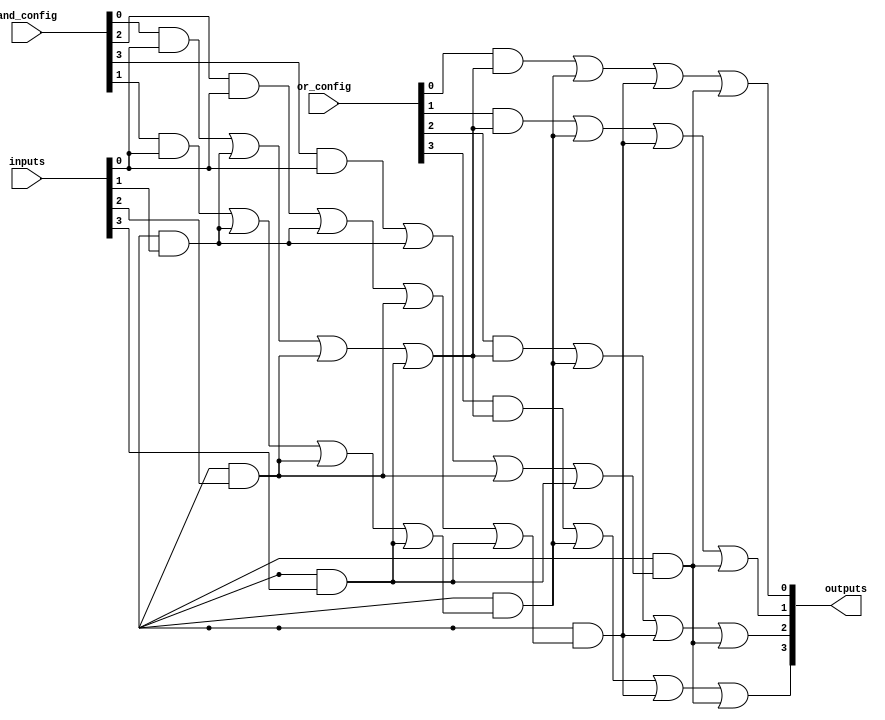
module PLA (
    input wire [3:0] inputs,         // 4 input lines
    input wire [3:0] and_config,     // Configuration for AND gates
    input wire [3:0] or_config,      // Configuration for OR gates
    output wire [3:0] outputs         // 4 output lines
);
    // Intermediate signals (product terms)
    wire [3:0] product_terms;

    // AND Plane: Configurable AND gates
    generate
        genvar i;
        for (i = 0; i < 4; i = i + 1) begin : and_gate
            assign product_terms[i] = (and_config[i] & inputs[0]) |
                                       (and_config[i + 4] & inputs[1]) |
                                       (and_config[i + 8] & inputs[2]) |
                                       (and_config[i + 12] & inputs[3]);
        end
    endgenerate

    // OR Plane: Configurable OR gates
    generate
        genvar j;
        for (j = 0; j < 4; j = j + 1) begin : or_gate
            assign outputs[j] = 
                (or_config[j] & product_terms[0]) |
                (or_config[j + 4] & product_terms[1]) |
                (or_config[j + 8] & product_terms[2]) |
                (or_config[j + 12] & product_terms[3]);
        end
    endgenerate

endmodule